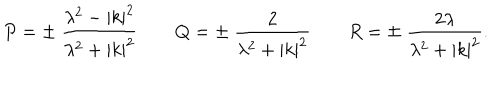
P = \pm \ { \frac { \lambda ^ { 2 } - | k | ^ { 2 } } { \lambda ^ { 2 } + | k | ^ { 2 } } } \qquad Q = \pm \ { \frac { 2 } { \lambda ^ { 2 } + | k | ^ { 2 } } } \qquad R = \mp \ { \frac { 2 \lambda } { \lambda ^ { 2 } + | k | ^ { 2 } } } .